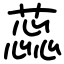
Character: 蕊